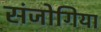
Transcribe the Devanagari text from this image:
संजोगिया